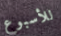
للأسبوع